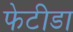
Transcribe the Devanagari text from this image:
फेटीडा